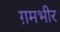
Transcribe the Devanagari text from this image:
ग़मभीर